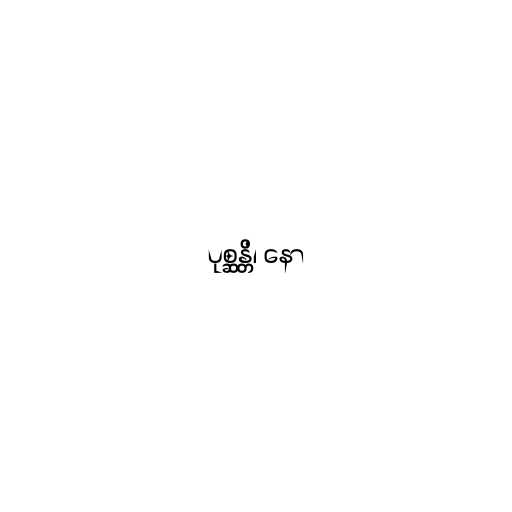
ပုစ္ဆန္တိ၊ နော